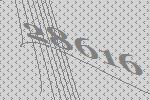
28616